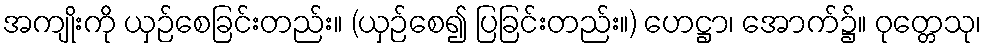
အကျိုးကို ယှဉ်စေခြင်းတည်း။ (ယှဉ်စေ၍ ပြခြင်းတည်း။) ဟေဋ္ဌာ၊ အောက်၌။ ဝုတ္တေသု၊